65_HS1-834228961_62-HQ-83894_Serial_438
Agency: FBI
Page 14
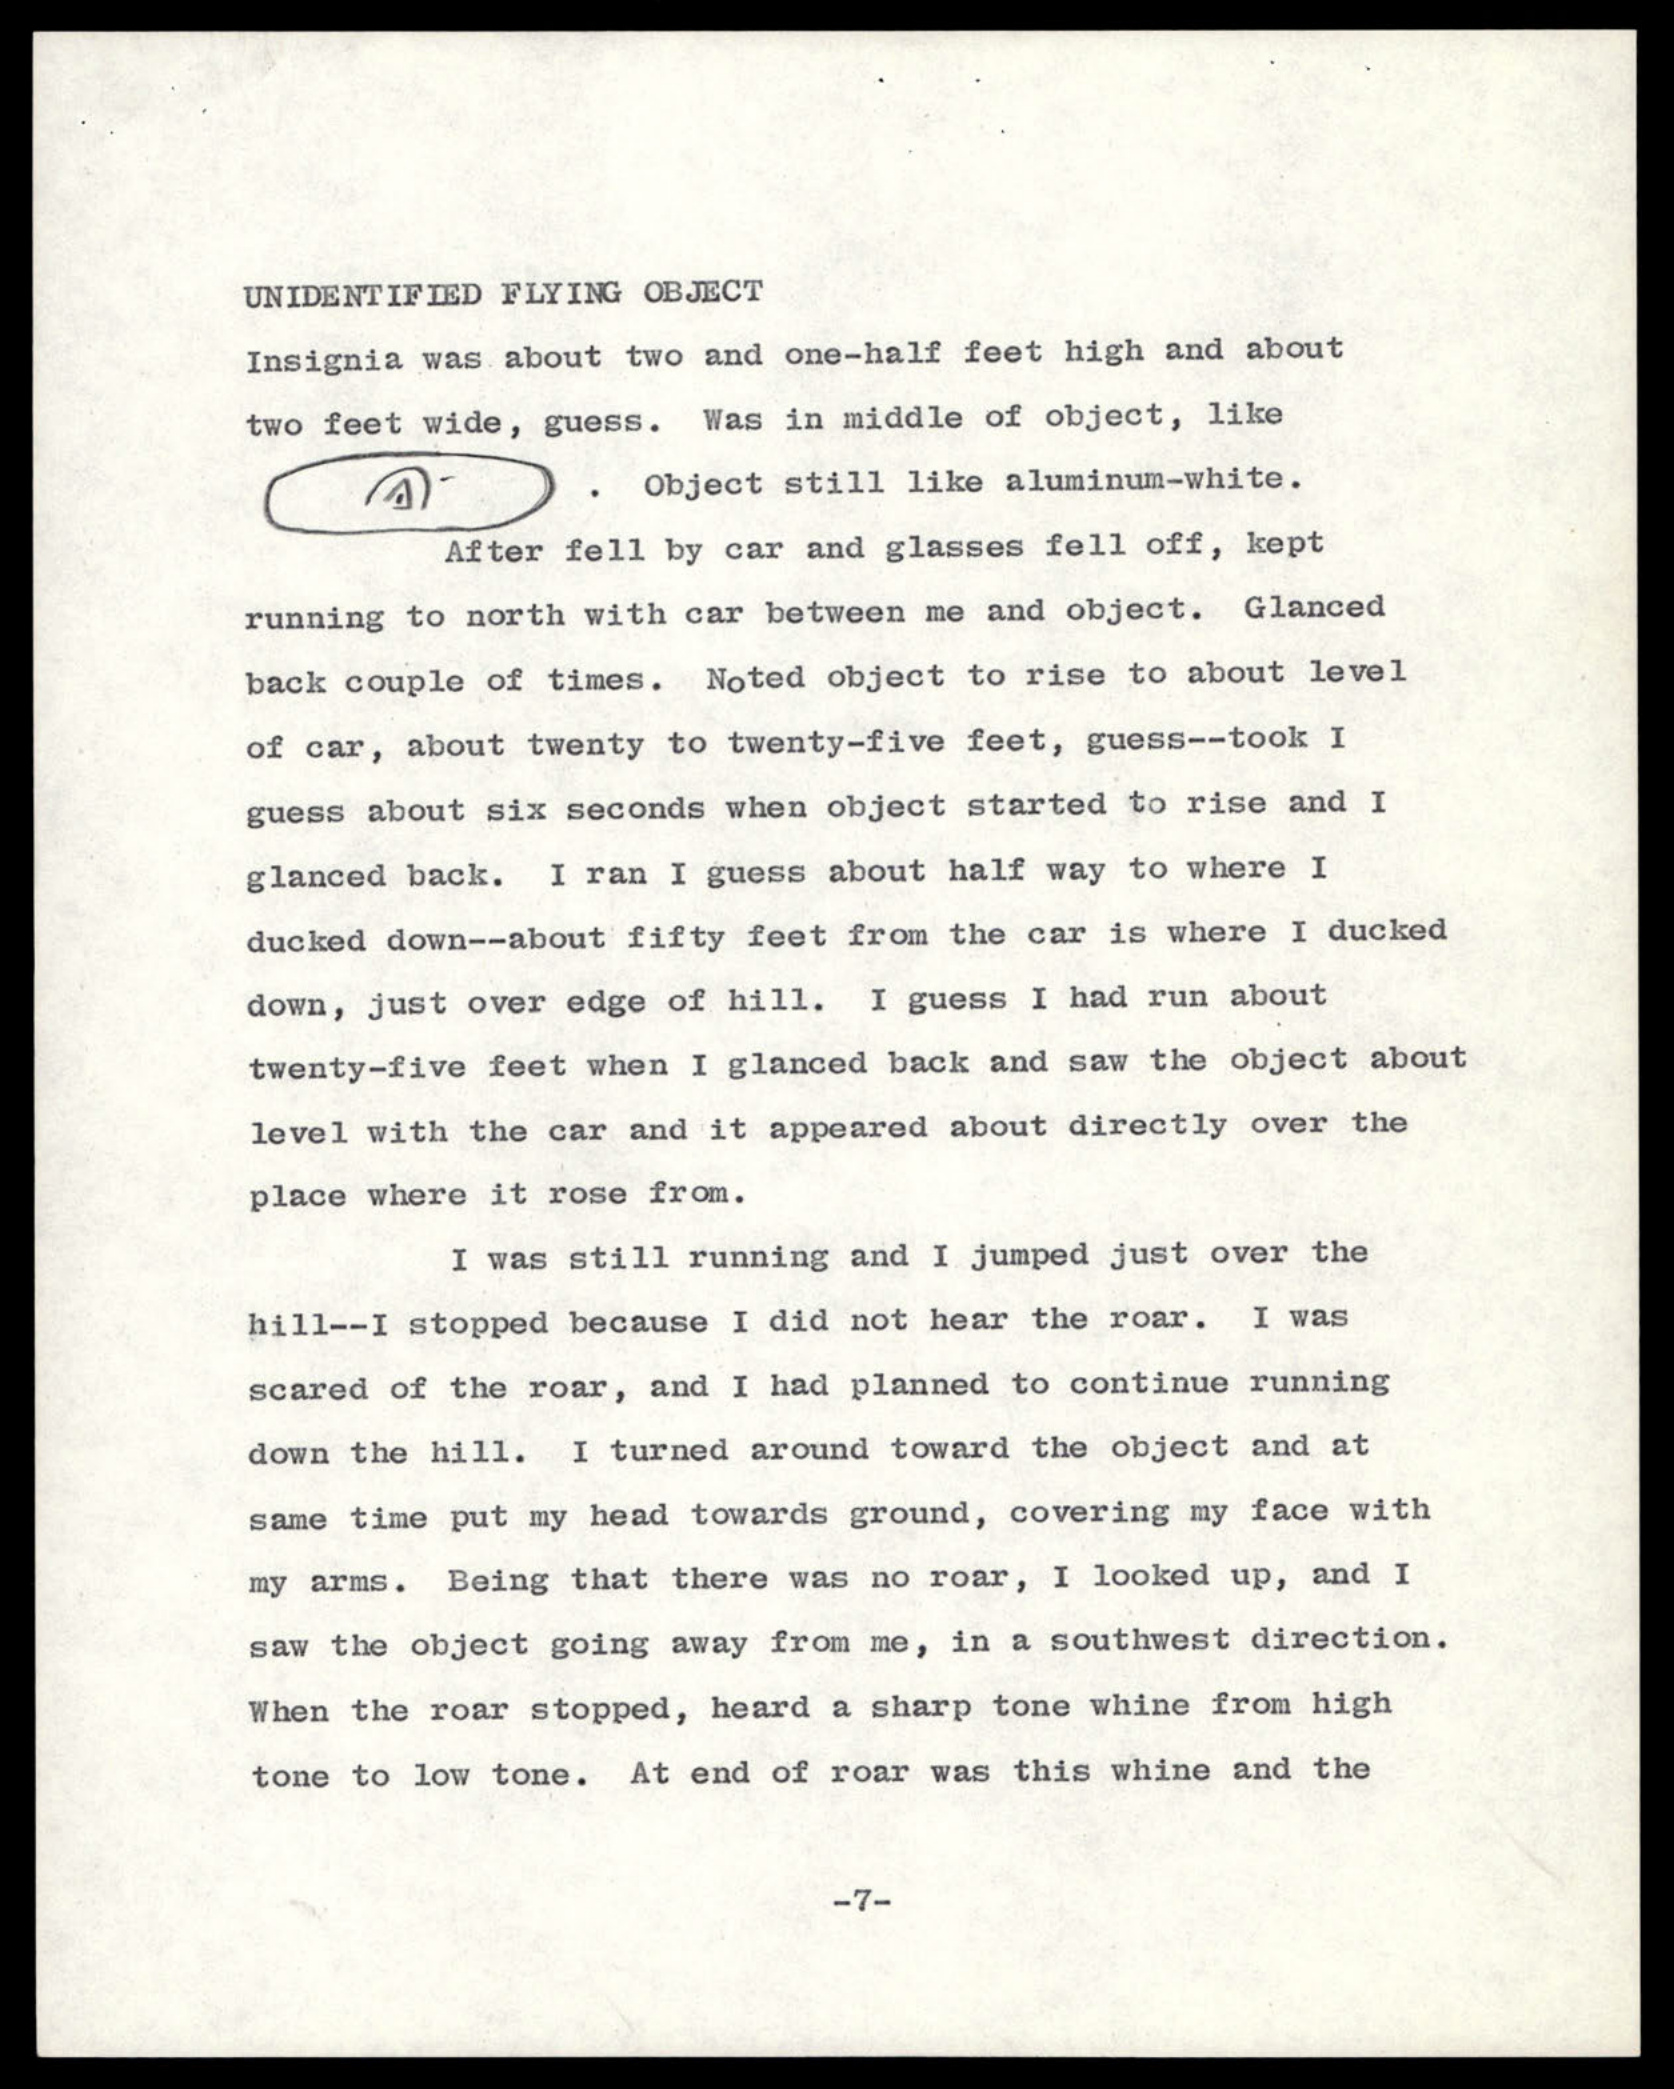